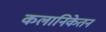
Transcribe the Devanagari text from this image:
कलानिकेतन